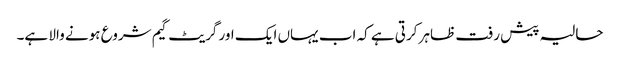
حالیہ پیش رفت ظاہر کرتی ہے کہ اب یہاں ایک اور گریٹ گیم شروع ہونے والا ہے۔